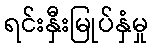
ရင်းနှီးမြုပ်နှံမှု